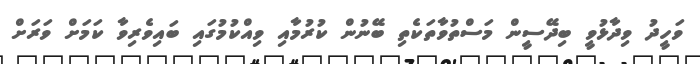
ވަހީދު ވިދާޅުވީ ބިދޭސީން މަސްތުވާތަކެތި ބޭނުން ކުރުމާއި ވިއްކުމުގައި ބައިވެރިވާ ކަމަށް ވަރަށް